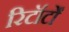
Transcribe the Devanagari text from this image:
रिटॉर्टों